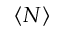
\langle N \rangle